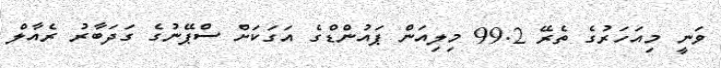
ވަނީ މިއަހަރުގެ ތެރޭ 99.2 މިލިއަން ޕައުންޑްގެ އަގަކަށް ސްޕޭނުގެ ގަދަބާރު ރެއާލް